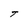
Character: T